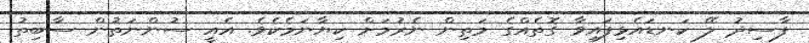
ފާސިދު ލޭ ކަނޑައެޅިފައިވާ ގޮތެއްގެ މަތިން ނެރުމަށް ކިޔާނަމެކެވެ. އެއީ ސުންނަތުން ސާބިތު